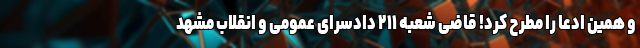
و همین ادعا را مطرح کرد! قاضی شعبه ۲۱۱ دادسرای عمومی و انقلاب مشهد